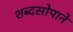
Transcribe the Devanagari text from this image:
शब्दसोपाने